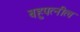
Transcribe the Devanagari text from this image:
बहुपत्‍नीत्व